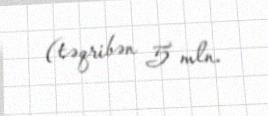
(təqribən 5 mln.